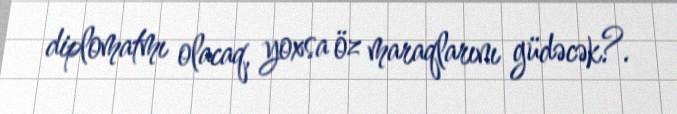
diplomatmı olacaq, yoxsa öz maraqlarını güdəcək?.